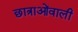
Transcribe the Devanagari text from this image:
छात्राओंवाली